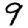
Digit: 9